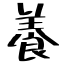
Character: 養